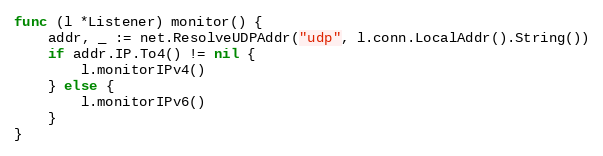
Language: Go
func (l *Listener) monitor() {
	addr, _ := net.ResolveUDPAddr("udp", l.conn.LocalAddr().String())
	if addr.IP.To4() != nil {
		l.monitorIPv4()
	} else {
		l.monitorIPv6()
	}
}